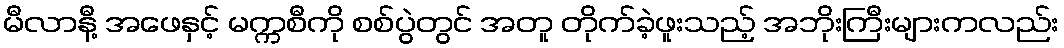
မီလာနီ့ အဖေနှင့် မက္ကစီကို စစ်ပွဲတွင် အတူ တိုက်ခဲ့ဖူးသည့် အဘိုးကြီးများကလည်း